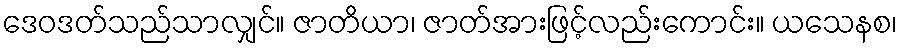
ဒေဝဒတ်သည်သာလျှင်။ ဇာတိယာ၊ ဇာတ်အားဖြင့်လည်းကောင်း။ ယသေနစ၊